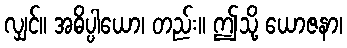
လျှင်။ အဓိပ္ပါယော၊ တည်း။ ဤသို့ ယောဇနာ၊